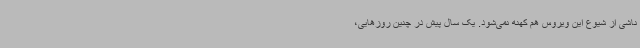
ناشی از شیوع این ویروس هم کهنه نمی‌شود. یک سال پیش در چنین روزهایی،